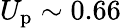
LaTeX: U_{\mathrm{p}}\sim 0.66